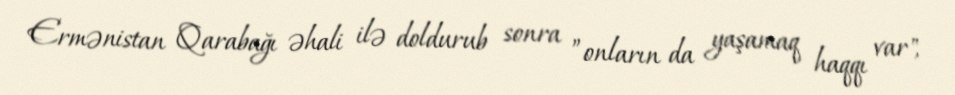
Ermənistan Qarabağı əhali ilə doldurub sonra ”onların da yaşamaq haqqı var",